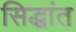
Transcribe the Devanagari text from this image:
सिद्धांत